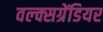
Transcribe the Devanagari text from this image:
वल्क्सग्रेंडियर